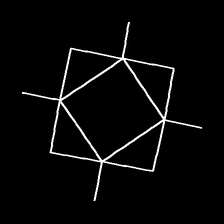
Glyph: light